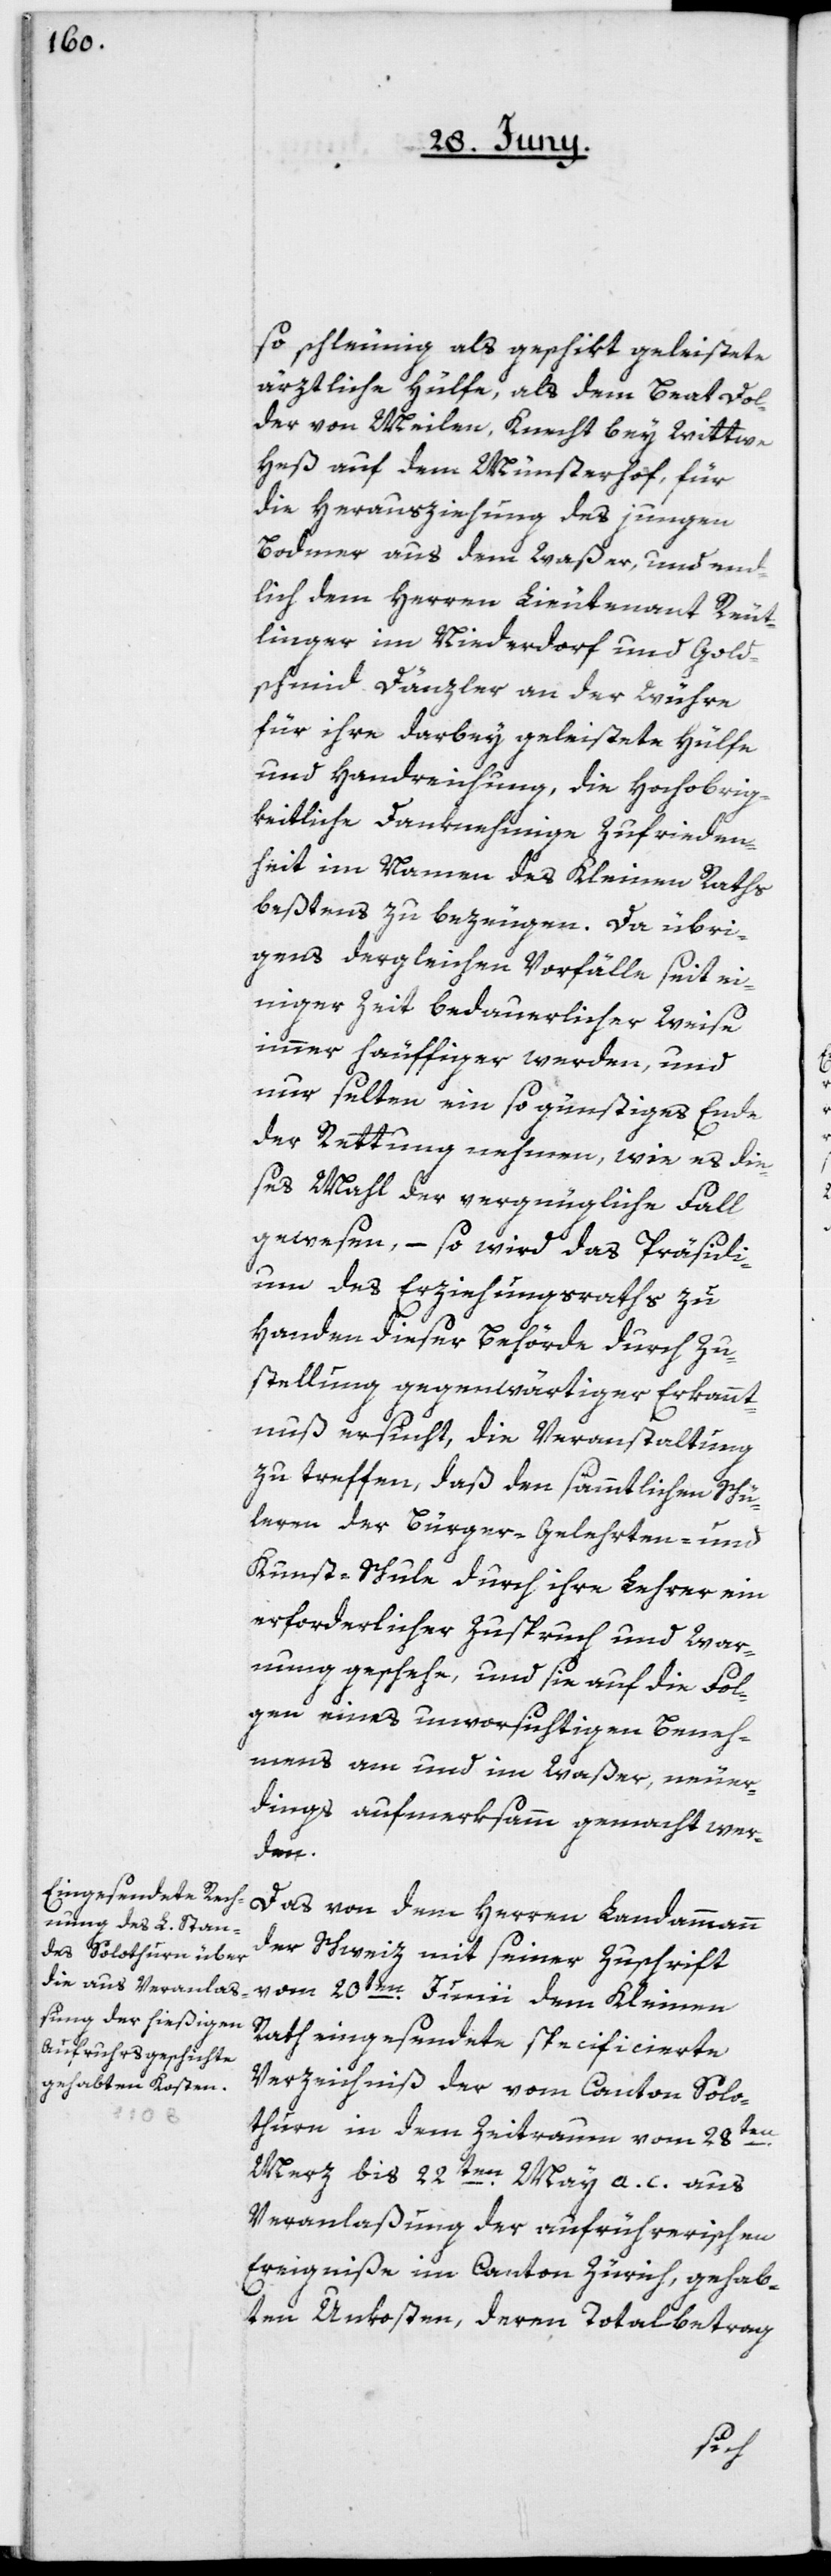
so schleunig als geschikt geleistete
ärztliche Hülfe, als dem Beat Dol¬
der von Meilen, Knecht bey Wittwe
Heß auf dem Münsterhof, für
die Herausziehung des jungen
Bodmer aus dem Waßer, und end¬
lich dem Herren Lieutenant Reut¬
linger im Niederdorf und Gold¬
schmid Dänzler an der Wühre,
für ihre darbey geleistete Hülfe
und Handreichung, die Hochobrig¬
keitliche danknehmige Zufrieden¬
heit im Namen des Kleinen Raths
beßtens bezeugen. Da übri¬
gens dergleichen Vorfälle seit ei¬
niger Zeit bedauerlicher Weise
immer häuffiger werden, und
nur selten ein so günstiges Ende
der Rettung nehmen, wie es die¬
ses Mahl der vergnügliche Fall
gewesen, – so wird das Präsidi¬
um des Erziehungsraths zu
Handen dieser Behörde durch Zu¬
stellung gegenwärtiger Erkannt¬
nuß ersucht, die Veranstaltung
zu treffen, daß den sämmtlichen Schü¬
lern der Bürger-[,] Gelehrten- und
Kunst-Schule durch ihre Lehrer ein
erforderlicher Zuspruch und War¬
nung geschehe, und sie auf die Fol¬
gen eines unvorsichtigen Beneh¬
mens am und im Waßer, neuer¬
dings aufmerksamm gemacht wer¬
den.
Das von dem Herrn Landammann
der Schweiz mit seiner Zuschrift
vom 20ten Junii dem Kleinen
Rath eingesendete specificierte
Verzeichniß der vom Canton Solo¬
thurn in dem Zeitraum vom 28ten
Merz bis 22ten May a. c. aus
Veranlaßung der aufrührerischen
Ereigniße im Canton Zürich, gehab¬
ten Unkosten, deren Totalbetrag